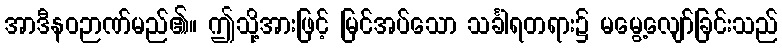
အာဒီနဝဉာဏ်မည်၏။ ဤသို့အားဖြင့် မြင်အပ်သော သင်္ခါရတရား၌ မမွေ့လျော်ခြင်းသည်